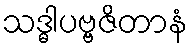
သဒ္ဓါပဗ္ဗဇိတာနံ